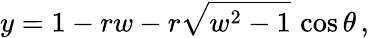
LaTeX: y=1-rw-r\sqrt{w^{2}-1}\, \cos\theta\, ,